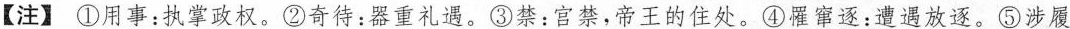
【注】①用事：执掌政权。②奇待：器重礼遇。③禁：宫禁，帝王的住处。④罹窜逐：遭遇放逐。⑤涉履